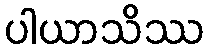
ပါယာသိဿ